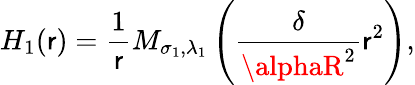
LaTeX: H_{1}(\mathsf{r})=\frac{{1}}{{\mathsf{r}}}M_{\sigma_{1},\lambda_{1}}\left(\frac{{\delta}}{{\alphaR^{2}}}\mathsf{r}^{2}\right),